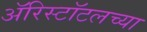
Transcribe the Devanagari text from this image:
ॲरिस्टॉटलच्या